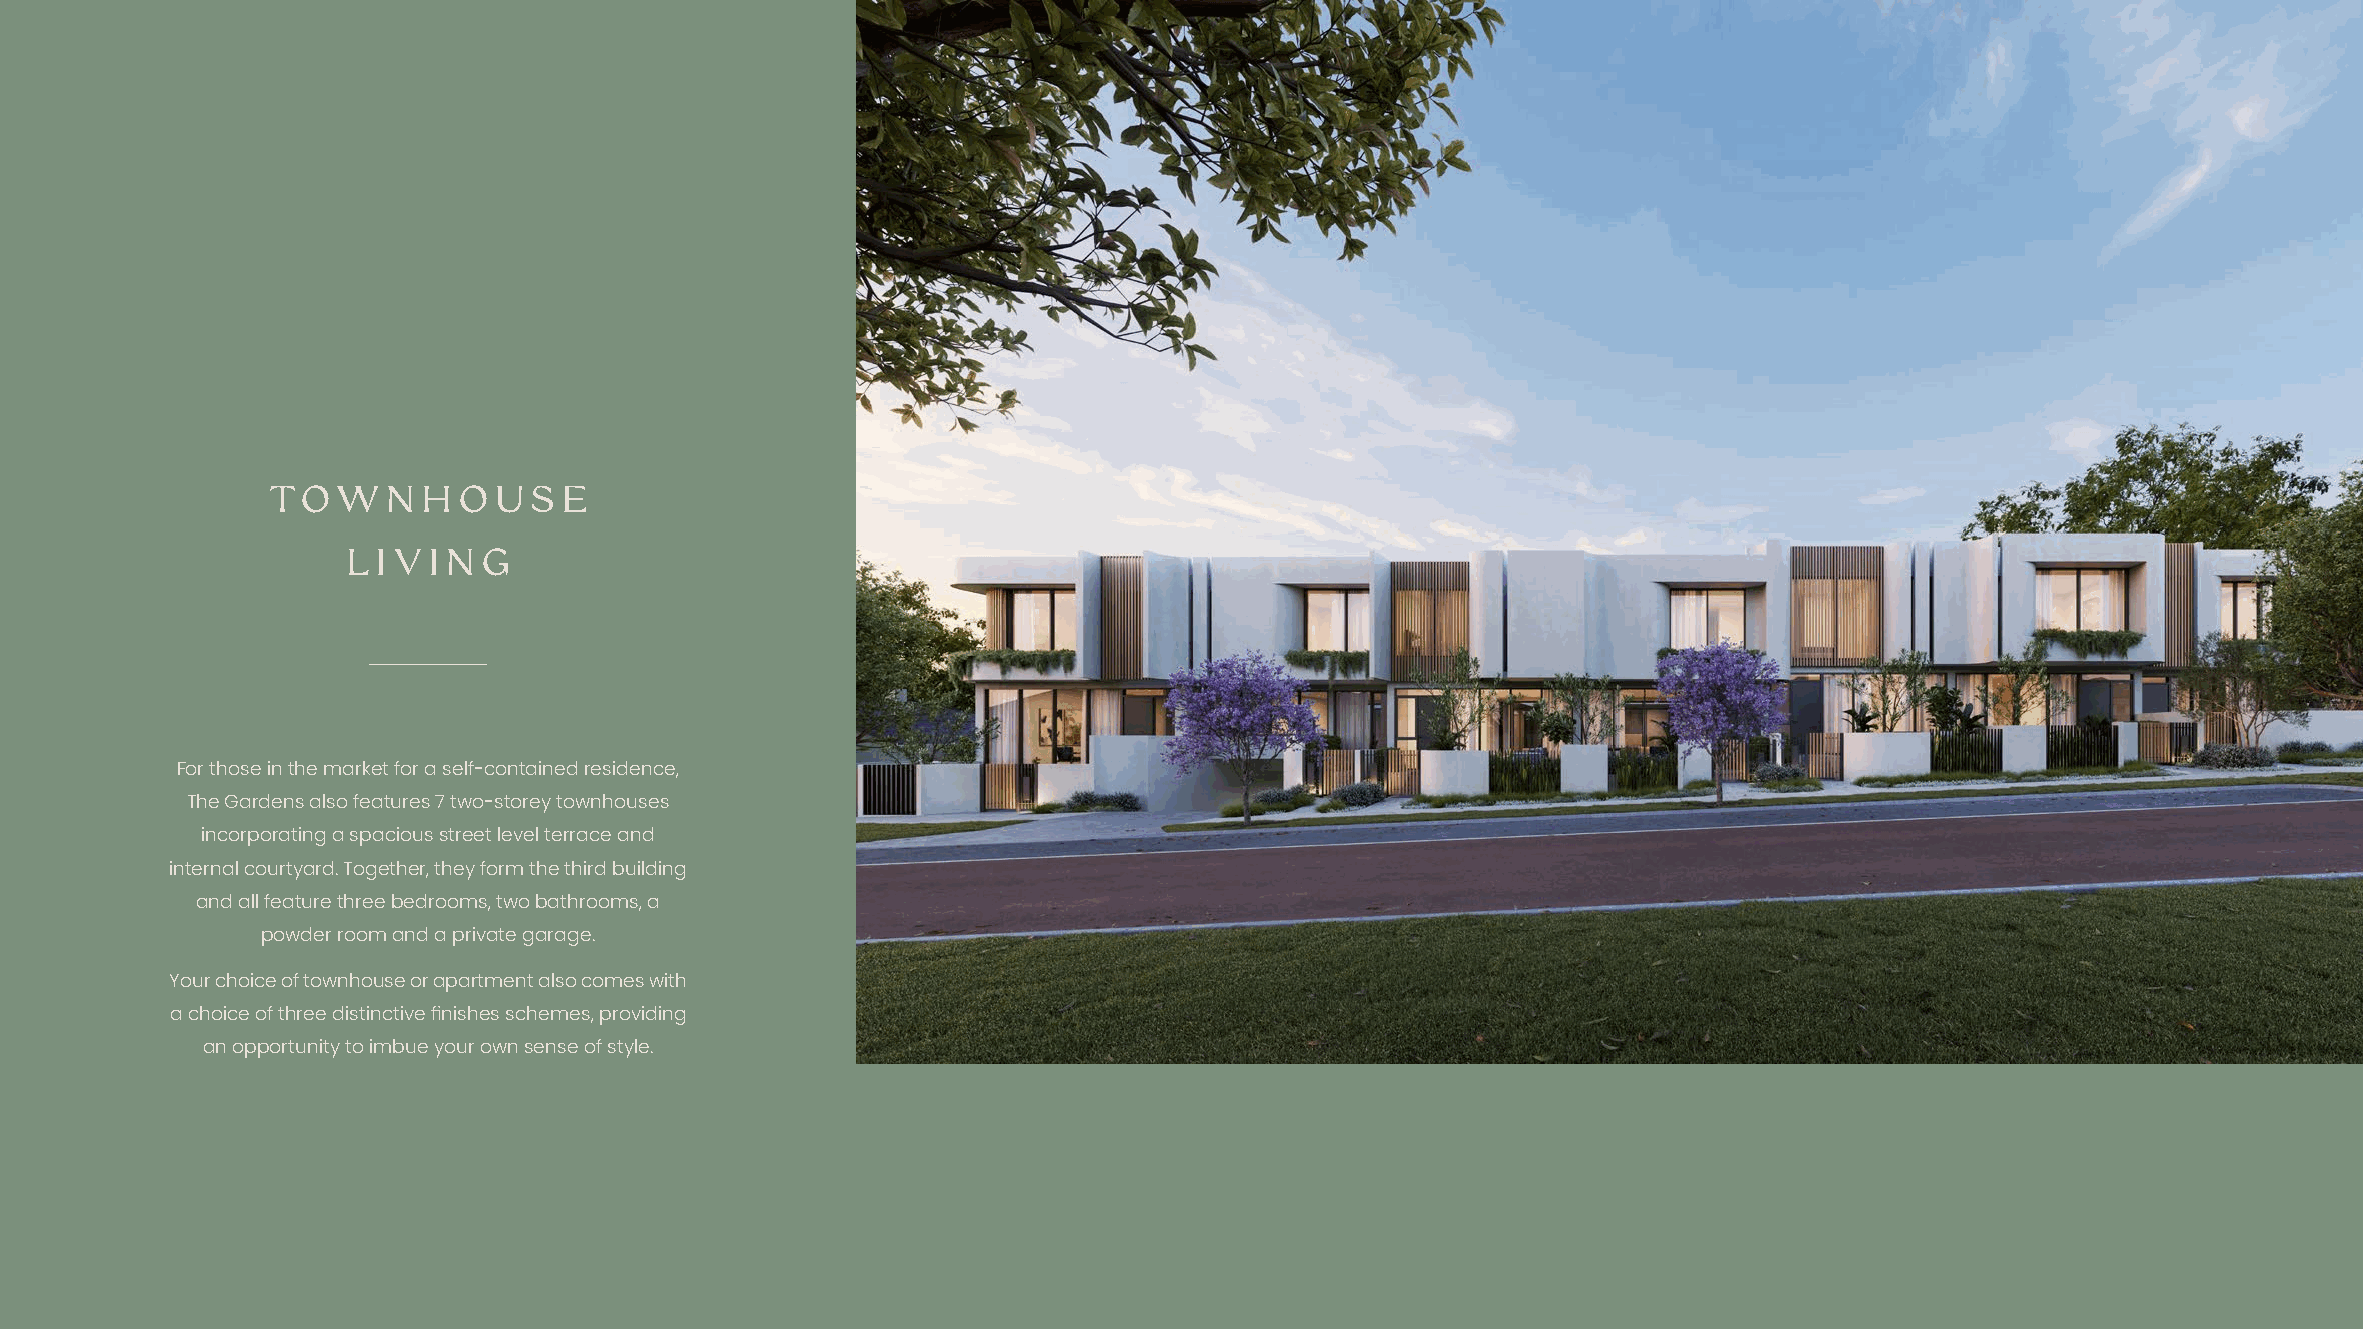
TOW     N HOUSE
 LIVING
 For those in the market for a self-contained residence,
 The Gardens also features 7 two-storey townhouses
 incorporating a spacious street level terrace and
 internal courtyard. Together, they form the third building
 and all feature three bedrooms, two bathrooms, a
 powder room and a private garage.
 Your choice of townhouse or apartment also comes with
 a choice of three distinctive finishes schemes, providing
 an opportunity to imbue your own sense of style.